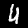
Label: 4